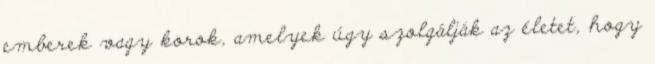
emberek vagy korok, amelyek úgy szolgálják az életet, hogy